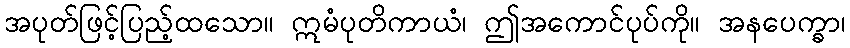
အပုတ်ဖြင့်ပြည့်ထသော။ ဣမံပုတိကာယံ၊ ဤအကောင်ပုပ်ကို။ အနပေက္ခာ၊